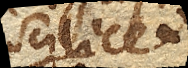
scilicet